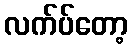
လက်ပ်တော့